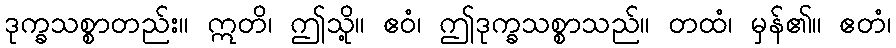
ဒုက္ခသစ္စာတည်း။ ဣတိ၊ ဤသို့။ ဧဝံ၊ ဤဒုက္ခသစ္စာသည်။ တထံ၊ မှန်၏။ ဧတံ၊